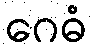
ဂေဓံ